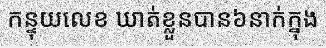
កន្ទុយលេខ ឃាត់ខ្លួនបាន៦នាក់ក្នុង